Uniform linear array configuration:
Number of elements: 16
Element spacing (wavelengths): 1
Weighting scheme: kaiser
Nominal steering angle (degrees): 0
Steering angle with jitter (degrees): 1.793
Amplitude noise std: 0.05
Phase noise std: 0.05

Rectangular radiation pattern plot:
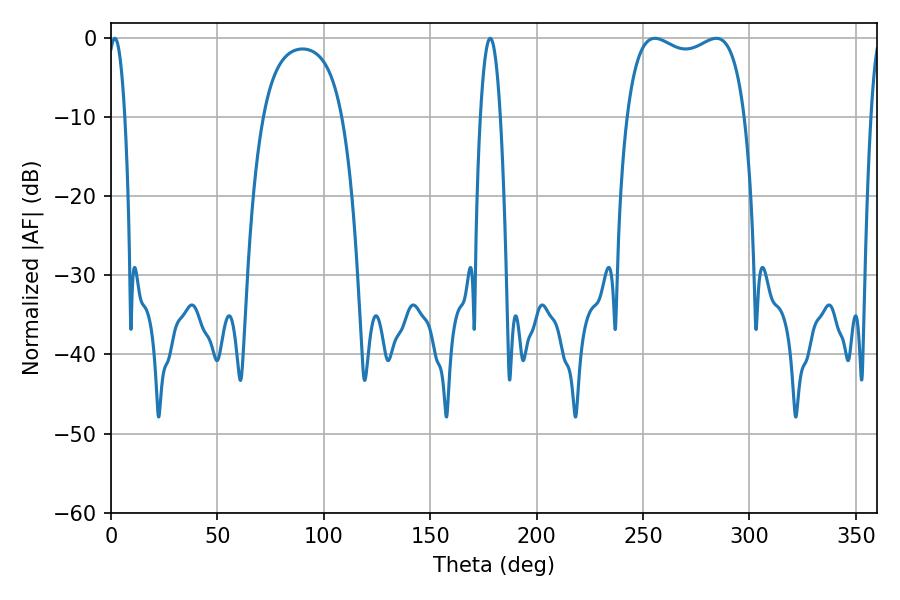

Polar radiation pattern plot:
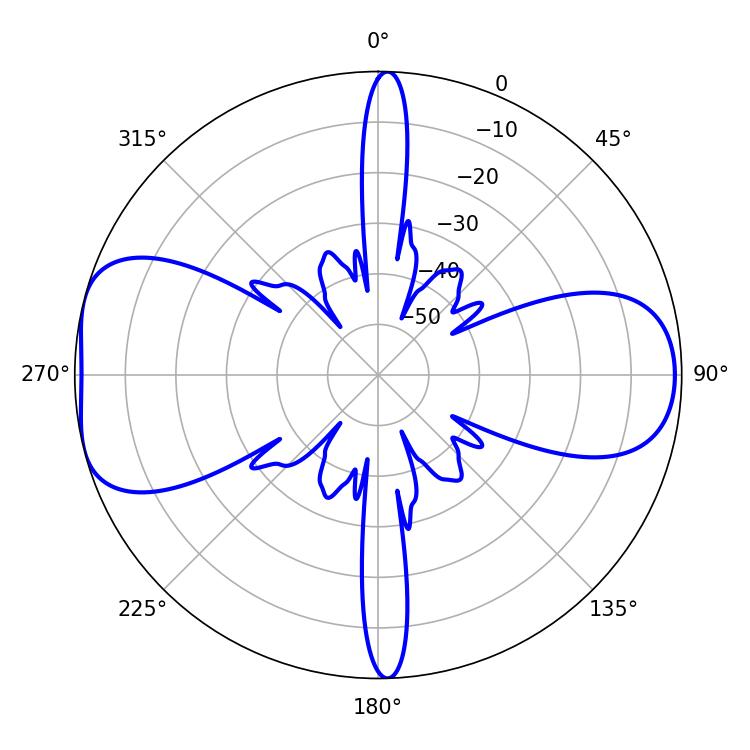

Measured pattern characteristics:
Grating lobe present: TRUE
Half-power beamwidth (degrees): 45.36
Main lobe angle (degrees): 255.6